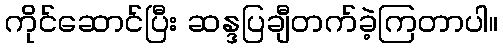
ကိုင်ဆောင်ပြီး ဆန္ဒပြချီတက်ခဲ့ကြတာပါ။